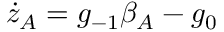
\dot { z } _ { A } = g _ { - 1 } \beta _ { A } - g _ { 0 }